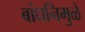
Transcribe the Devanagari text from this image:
बांधनिमुळे